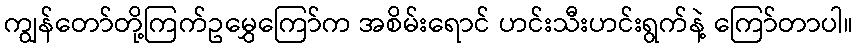
ကျွန်တော်တို့ကြက်ဥမွှေကြော်က အစိမ်းရောင် ဟင်းသီးဟင်းရွက်နဲ့ ကြော်တာပါ။